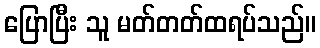
ပြောပြီး သူ မတ်တတ်ထရပ်သည်။